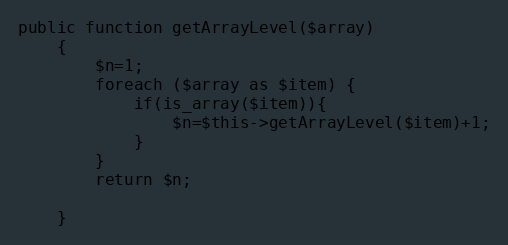
Language: PHP
public function getArrayLevel($array)
	{
		$n=1;
		foreach ($array as $item) {
			if(is_array($item)){
				$n=$this->getArrayLevel($item)+1;
			}
		}
		return $n;

	}